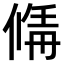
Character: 𠌚